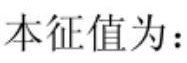
本征值为：